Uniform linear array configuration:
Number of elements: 4
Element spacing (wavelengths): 0.75
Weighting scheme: blackman
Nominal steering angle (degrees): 60
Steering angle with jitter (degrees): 58.738
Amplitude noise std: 0.05
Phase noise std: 0.05

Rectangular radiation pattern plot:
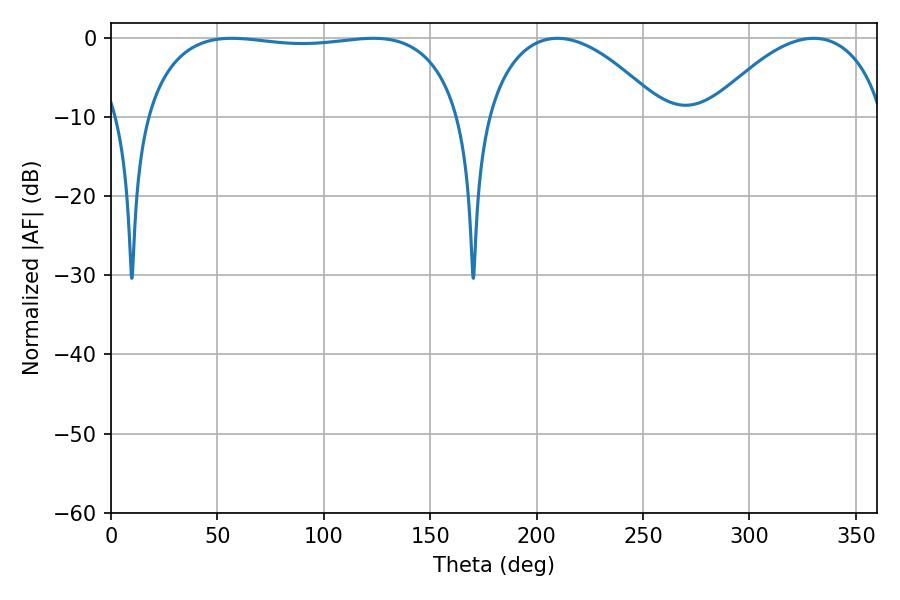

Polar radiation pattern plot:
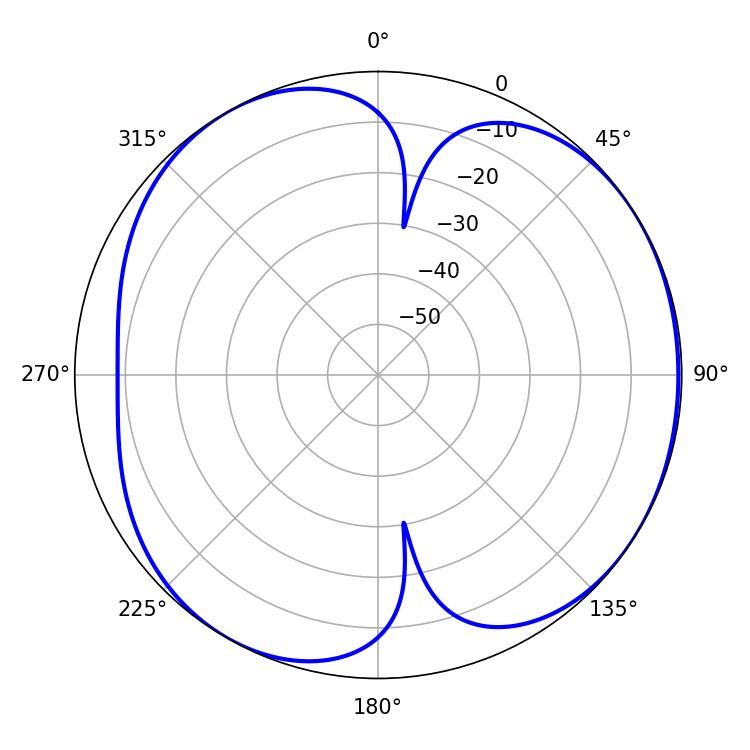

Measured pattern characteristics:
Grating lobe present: TRUE
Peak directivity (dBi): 4.989
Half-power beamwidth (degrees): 119.52
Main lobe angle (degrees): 56.7